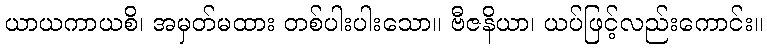
ယာယကာယစိ၊ အမှတ်မထား တစ်ပါးပါးသော။ ဗီဇနိယာ၊ ယပ်ဖြင့်လည်းကောင်း။